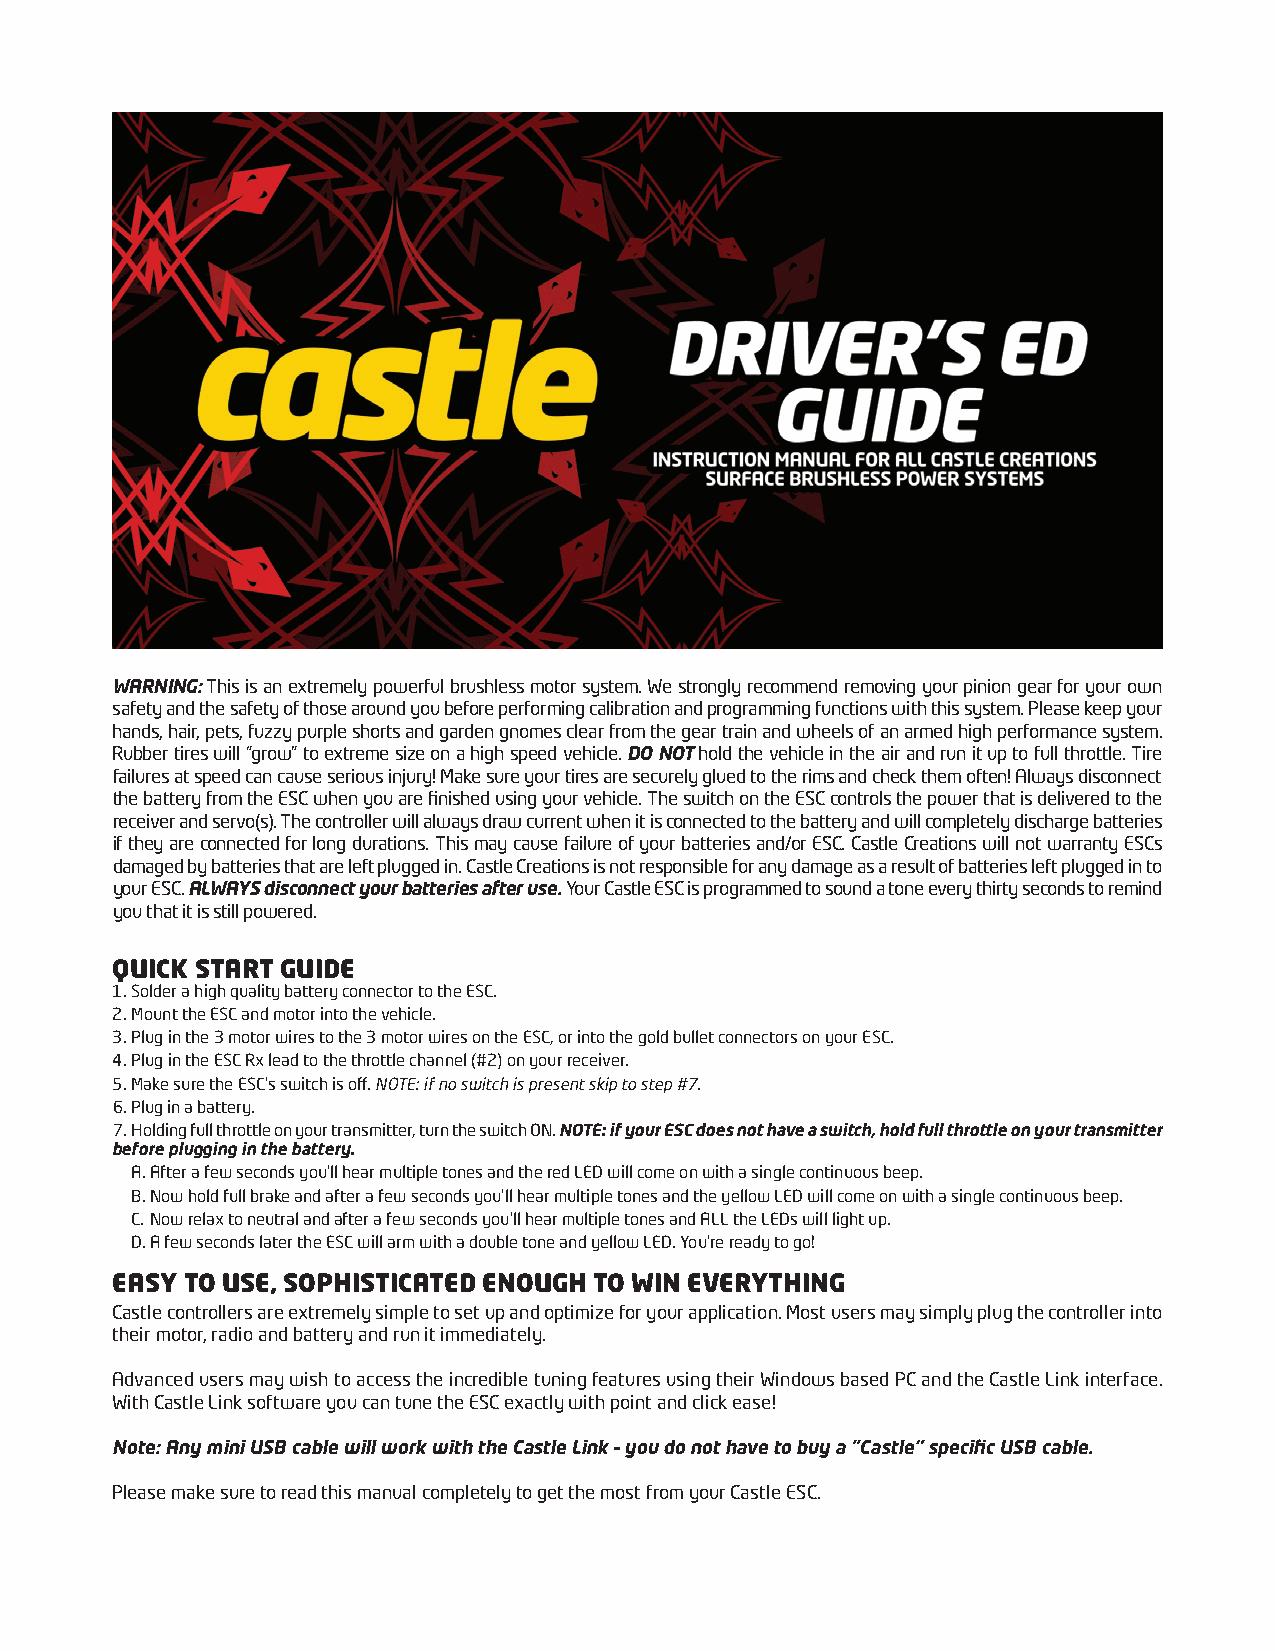
WARNING: This is an extremely powerful brushless motor system. We strongly recommend removing your pinion gear for your own
 safety and the safety of those around you before performing calibration and programming functions with this system. Please keep your
 hands, hair, pets, fuzzy purple shorts and garden gnomes clear from the gear train and wheels of an armed high performance system.
 Rubber tires will “grow” to extreme size on a high speed vehicle. DO NOT hold the vehicle in the air and run it up to full throttle. Tire
 failures at speed can cause serious injury! Make sure your tires are securely glued to the rims and check them often! Always disconnect
 the battery from the ESC when you are finished using your vehicle. The switch on the ESC controls the power that is delivered to the
 receiver and servo(s). The controller will always draw current when it is connected to the battery and will completely discharge batteries
 if they are connected for long durations. This may cause failure of your batteries and/or ESC. Castle Creations will not warranty ESCs
 damaged by batteries that are left plugged in. Castle Creations is not responsible for any damage as a result of batteries left plugged in to
 your ESC. ALWAYS disconnect your batteries after use. Your Castle ESC is programmed to sound a tone every thirty seconds to remind
 you that it is still powered.
 QUICK START GUIDE
 1. Solder a high quality battery connector to the ESC.
 2. Mount the ESC and motor into the vehicle.
 3. Plug in the 3 motor wires to the 3 motor wires on the ESC, or into the gold bullet connectors on your ESC.
 4. Plug in the ESC Rx lead to the throttle channel (#2) on your receiver.
 5. Make sure the ESC’s switch is off. NOTE: if no switch is present skip to step #7.
 6. Plug in a battery.
 7. Holding full throttle on your transmitter, turn the switch ON. NOTE: if your ESC does not have a switch, hold full throttle on your transmitter
 before plugging in the battery.
 A. After a few seconds you’ll hear multiple tones and the red LED will come on with a single continuous beep.
 B. Now hold full brake and after a few seconds you’ll hear multiple tones and the yellow LED will come on with a single continuous beep.
 C. Now relax to neutral and after a few seconds you’ll hear multiple tones and ALL the LEDs will light up.
 D. A few seconds later the ESC will arm with a double tone and yellow LED. You’re ready to go!
 EASY TO USE, SOPHISTICATED ENOUGH TO WIN EVERYTHING
 Castle controllers are extremely simple to set up and optimize for your application. Most users may simply plug the controller into
 their motor, radio and battery and run it immediately.
 Advanced users may wish to access the incredible tuning features using their Windows based PC and the Castle Link interface.
 With Castle Link software you can tune the ESC exactly with point and click ease!
 Note: Any mini USB cable will work with the Castle Link – you do not have to buy a “Castle” specific USB cable.
 Please make sure to read this manual completely to get the most from your Castle ESC.